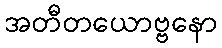
အတီတယောဗ္ဗနော